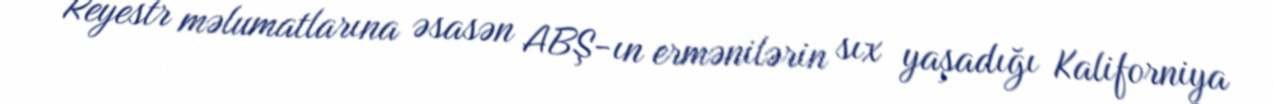
Reyestr məlumatlarına əsasən ABŞ-ın ermənilərin sıx yaşadığı Kaliforniya